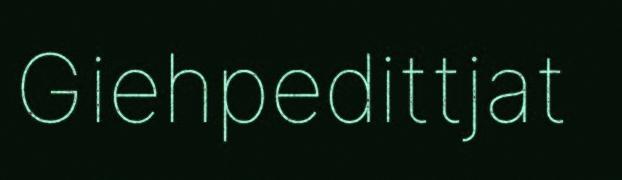
Giehpedittjat